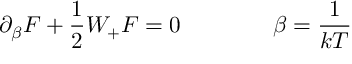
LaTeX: \partial _ { \beta } F + \frac { 1 } { 2 } W _ { + } F = 0 \qquad \qquad \beta = \frac { 1 } { k T }